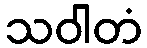
သဝါတံ